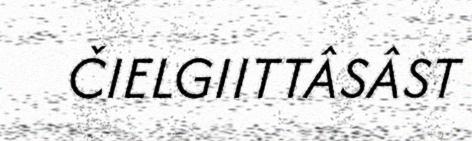
ČIELGIITTÂSÂST